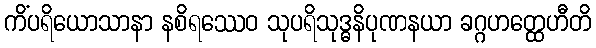
ကိံပရိယောသာနာ နစိရဿေဝ သုပရိသုဒ္ဓနိပုဏနယာ ခဂ္ဂဟတ္ထေဟီတိ